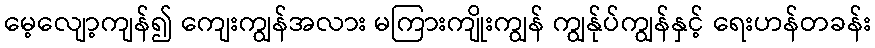
မေ့လျော့ကျန်၍ ကျေးကျွန်အလား မကြားကျိုးကျွန် ကျွန်ုပ်ကျွန်နှင့် ရေးဟန်တခန်း